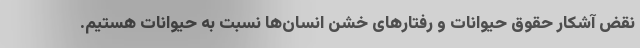
نقض آشکار حقوق حیوانات و رفتارهای خشن انسان‌ها نسبت به حیوانات هستیم.